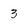
Character: 3